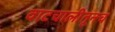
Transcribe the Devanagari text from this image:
वाटचालीतूनच